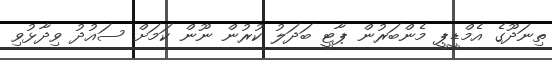
ތިނަދޫގެ އެމްޑީޕީ މެންބަރުން ޕާޓީ ބަދަލު ކުރުން ނޫން ކަމަށް ސައުދު ވިދާޅުވި